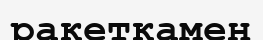
ракеткамен